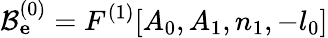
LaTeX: \mathcal{B}_{\mathbf e}^{(0)}=F^{(1)}[A_{0},A_{1},n_{1},-l_{0}]